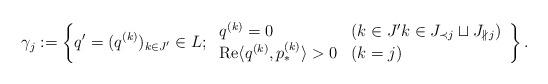
LaTeX: \begin{align*}\gamma_j := \left\{q' = (q^{(k)})_{k \in J'} \in L;\,\begin{array}{ll}q^{(k)}=0 &(k \in J' k \in J_{\prec j} \sqcup J_{\nparallel\, j}) \\\operatorname{Re}\langle q^{(k)}, p^{(k)}_* \rangle > 0 & (k=j)\end{array}\right\}.\end{align*}